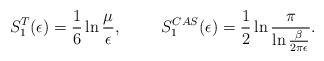
LaTeX: \begin{align*}S_1^T(\epsilon)=\frac 16\ln{\mu \over \epsilon} ,\hspace{1cm}S_1^{CAS}(\epsilon)=\frac 12\ln{\pi \over \ln{\beta \over2\pi\epsilon}} .\end{align*}